Indian journal of veterinary science and animal husbandry - Volumes 22-23, 1952-1953
Year: 1952
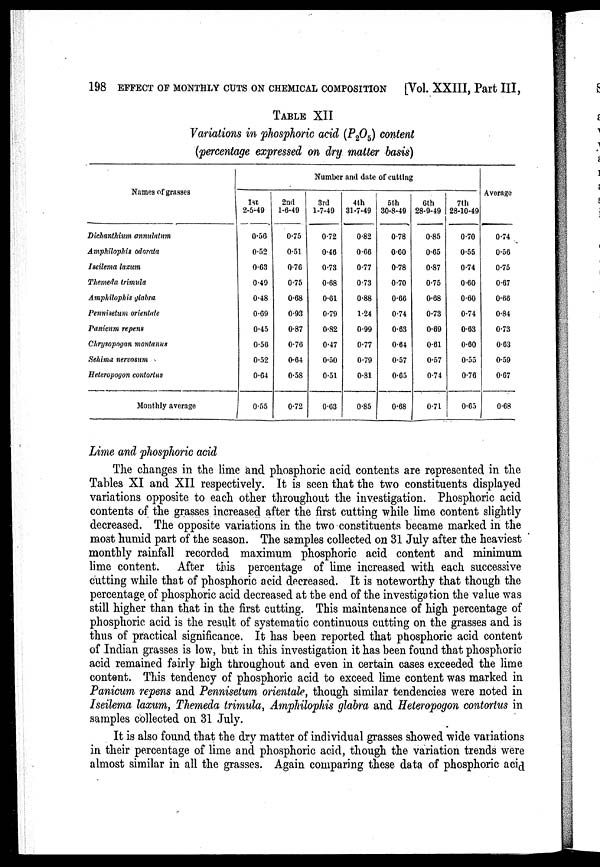
198 EFFECT OF MONTHLY CUTS ON CHEMICAL COMPOSITION
[Vol. XXIII, Part III,
TABLE XII
Variations in phosphoric acid (P 2 O 5 ) content
(percentage expressed on dry matter basis)
Names of grasses
Dichanthium annulatum
Amphilophis odorata
Iseilema laxum
Themeda trimula
Amphilophis glabra
Pennisetum orientate
Panicum repens
Chrysopogan montanus
Sehima nervosum
Heteropogon contorlus
Monthly average
Number and date of cutting
1st
2-5-49
0.56
0.52
0.63
0.49
0.48
0.69
0.45
0.56
0.52
0.64
0.55
2nd
1-6-49
0.75
0.51
0.76
0.75
0.68
0.93
0.87
0.76
0.64
0.58
0.72
3rd
1-7-49
0.72
0.46
0.73
0.68
0.61
0.79
0.82
0.47
0.50
0.51
0.63
4th
31-7-49
0.82
0.66
0.77
0.73
0.88
1.24
0.99
0.77
0.79
0.81
0.85
5th
30-8-49
0.78
0.60
0.78
0.70
0.66
0.74
0.63
0.64
0.57
0.65
0.68
6th
28-9-49
0.85
0.65
0.87
0.75
0.68
0.73
0.69
0.61
0.57
0.74
0.71
7th
28-10-49
0.70
0.55
0.74
0.60
0.60
0.74
0.63
0.60
0.55
0.76
0.65
Average
0.74
0.56
0.75
0.67
0.66
0.84
0.73
0.63
0.59
0.67
0.68
Lime and phosphoric acid
The changes in the lime and phosphoric acid contents are represented in the
Tables XI and XII respectively. It is seen that the two constituents displayed
variations opposite to each other throughout the investigation. Phosphoric acid
contents of the grasses increased after the first cutting while lime content slightly
decreased. The opposite variations in the two constituents became marked in the
most humid part of the season. The samples collected on 31 July after the heaviest
monthly rainfall recorded maximum phosphoric acid content and minimum
lime content. After this percentage of lime increased with each successive
cutting while that of phosphoric acid decreased. It is noteworthy that though the
percentage of phosphoric acid decreased at the end of the investigation the value was
still higher than that in the first cutting. This maintenance of high percentage of
phosphoric acid is the result of systematic continuous cutting on the grasses and is
thus of practical significance. It has been reported that phosphoric acid content
of Indian grasses is low, but in this investigation it has been found that phosphoric
acid remained fairly high throughout and even in certain cases exceeded the lime
content. This tendency of phosphoric acid to exceed lime content was marked in
Panicum repens and Pennisetum orientale, though similar tendencies were noted in
Iseilema laxum, Themeda trimula, Amphilophis glabra and Heteropogon contortus in
samples collected on 31 July.
It is also found that the dry matter of individual grasses showed wide variations
in their percentage of lime and phosphoric acid, though the variation trends were
almost similar in all the grasses. Again comparing these data of phosphoric acid